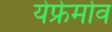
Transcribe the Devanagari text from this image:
येफ्रेमोव